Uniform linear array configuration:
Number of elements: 12
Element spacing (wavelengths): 1
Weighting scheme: kaiser
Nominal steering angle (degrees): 45
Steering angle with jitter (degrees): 44.217
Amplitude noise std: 0.05
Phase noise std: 0.05

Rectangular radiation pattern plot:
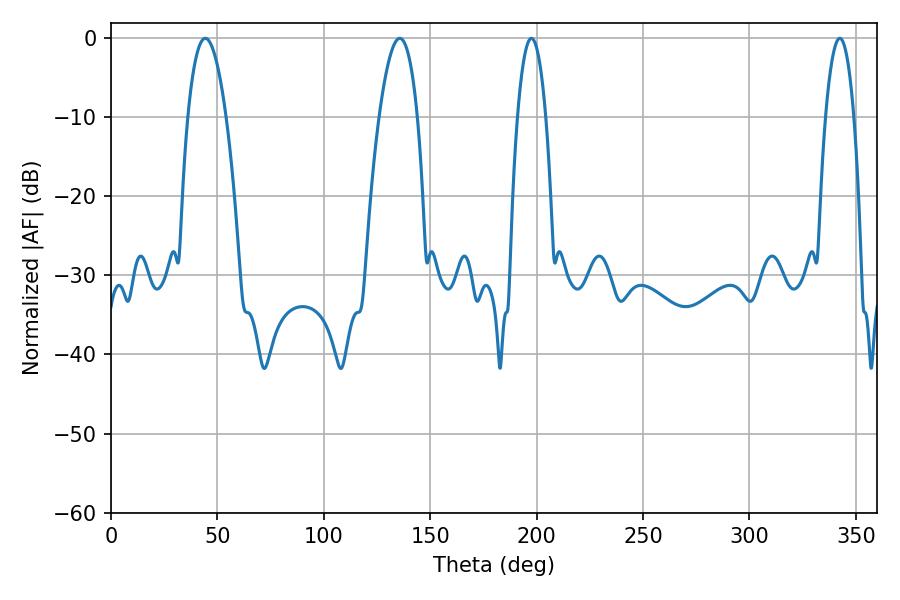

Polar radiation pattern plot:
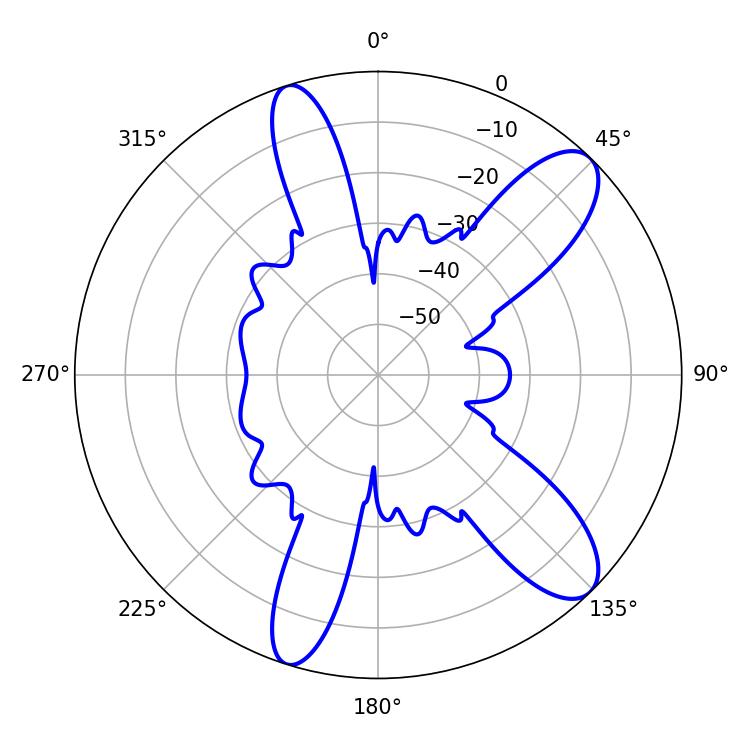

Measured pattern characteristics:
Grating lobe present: TRUE
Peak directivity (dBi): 10.534
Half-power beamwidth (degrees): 9.9
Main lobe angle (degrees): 44.28